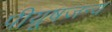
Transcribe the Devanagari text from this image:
पीयूषजन्य